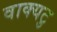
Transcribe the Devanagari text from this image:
वाक्यटु